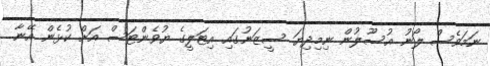
ނަމަވެސް ލޯނު އުސޫލުން ނިމިދިޔަ ސީޒަނުގައި އިޓަލީގެ ޔުވެންޓަސް އަށް ކުޅެން އޭނާ